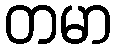
တမာ